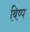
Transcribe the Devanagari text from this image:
बिष्प